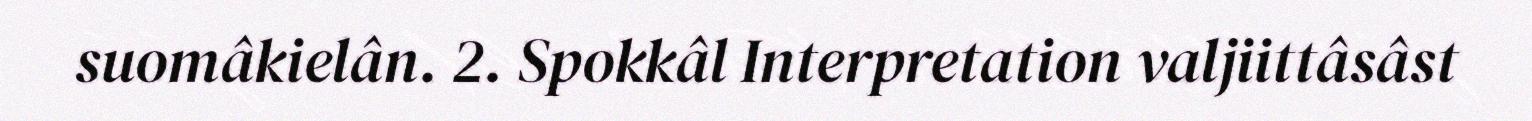
suomâkielân. 2. Spokkâl Interpretation valjiittâsâst